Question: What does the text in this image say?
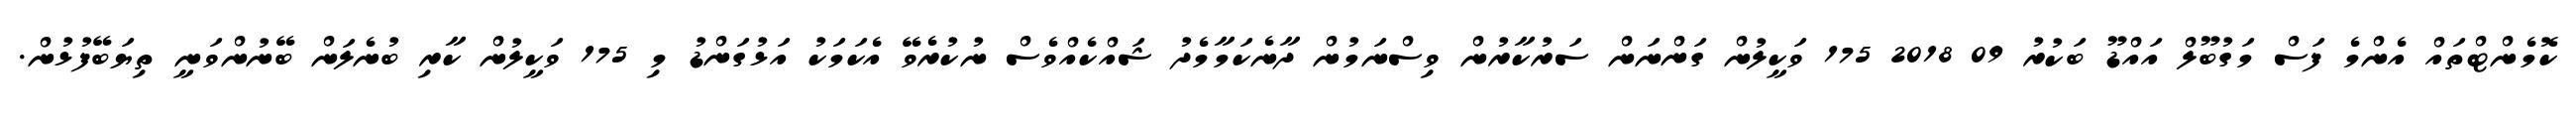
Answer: ކޮމެންޓްތައް އެންމެ ފަސް މަގުބޫލް އައްޑޫ ބަކުރު 09 2018 175 ވަކީލުން ގަންނަން ސަރުކާރުން ވިސްނަމުން ދާނެކަމާމެދު ޝައްކެއްވެސް ނުކުރެވޭ އެކަމަކު އަޅުގަންޑު މި 175 ވަކީލުން ކާރި ބުނެލަން ބޭނުންވަނީ ތިޔަބޭފުޅުން.